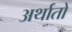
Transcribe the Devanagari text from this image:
अर्थातो